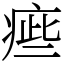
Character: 㾚